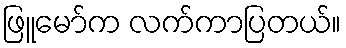
ဖြူမော်က လက်ကာပြတယ်။